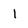
Character: 1